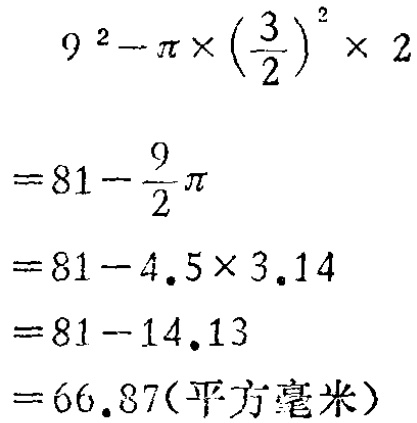
\[

\begin{align*}

&9^{2}-\pi\times\left(\frac{3}{2}\right)^{2}\times 2\\

=&81 - \frac{9}{2}\pi\\

=&81-4.5\times3.14\\

=&81 - 14.13\\

=&66.87(\text{平方毫米})

\end{align*}

\]